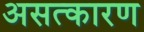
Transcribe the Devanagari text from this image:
असत्कारण